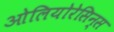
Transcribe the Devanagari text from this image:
ओलियोरेसिन्स